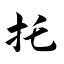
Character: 托